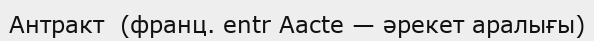
Антракт  (франц. entr Аacte — әрекет аралығы)